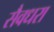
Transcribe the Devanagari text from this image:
सैवधरा